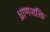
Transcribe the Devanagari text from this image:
ध्राणशक्ति